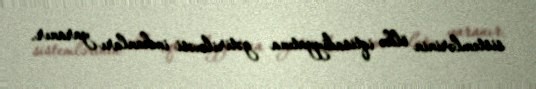
sistemlərinin ölkə iqtisadiyyatına gətirilməsi imkanları yaranır.